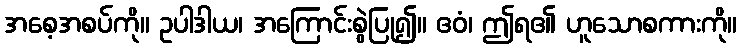
အစေ့အစပ်ကို။ ဥပါဒါယ၊ အကြောင်းစွဲပြု၍။ ဧဝံ၊ ဤရ၏ ဟူသောစကားကို။